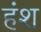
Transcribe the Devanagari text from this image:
हंश